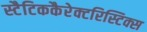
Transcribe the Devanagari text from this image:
स्टैटिककैरेक्टरिस्टिक्स